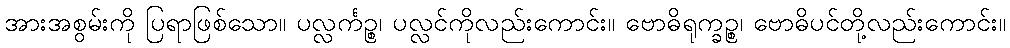
အားအစွမ်းကို ပြရာဖြစ်သော။ ပလ္လင်္ကဉ္စ၊ ပလ္လင်ကိုလည်းကောင်း။ ဗောဓိရုက္ခဉ္စ၊ ဗောဓိပင်တို့လည်းကောင်း။